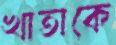
খাতাকে